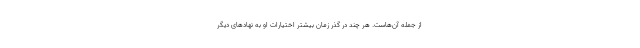
از جمله آن‌هاست. هر چند در گذر زمان بیشتر اختیارات او به نهادهای دیگر